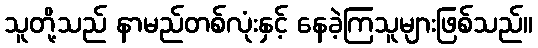
သူတို့သည် နာမည်တစ်လုံးနှင့် နေခဲ့ကြသူများဖြစ်သည်။